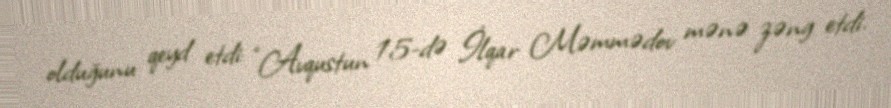
olduğunu qeyd etdi: “Avqustun 15-də İlqar Məmmədov mənə zəng etdi.